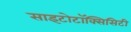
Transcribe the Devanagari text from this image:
साइटोटॉक्सिसिटी